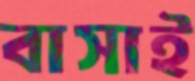
বাসাই